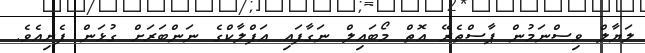
ލަޔާލް ވިސްނަމުން ޕާސްތެރޭ އޮތް މޯބައިލް ނަގާފައި އަފްލާކްގެ ނަންބަރަށް ގުޅަން ފެށިއެވެ.